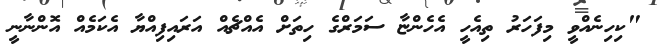
"ކިހިނެއްވީ މިފަހަރު ތިއެހީ އެހެންޏާ ސަމަރްގެ ހިތަށް އެއްޗެއް އަރައިފިއްޔާ އެކަމެއް އޮންނާނީ